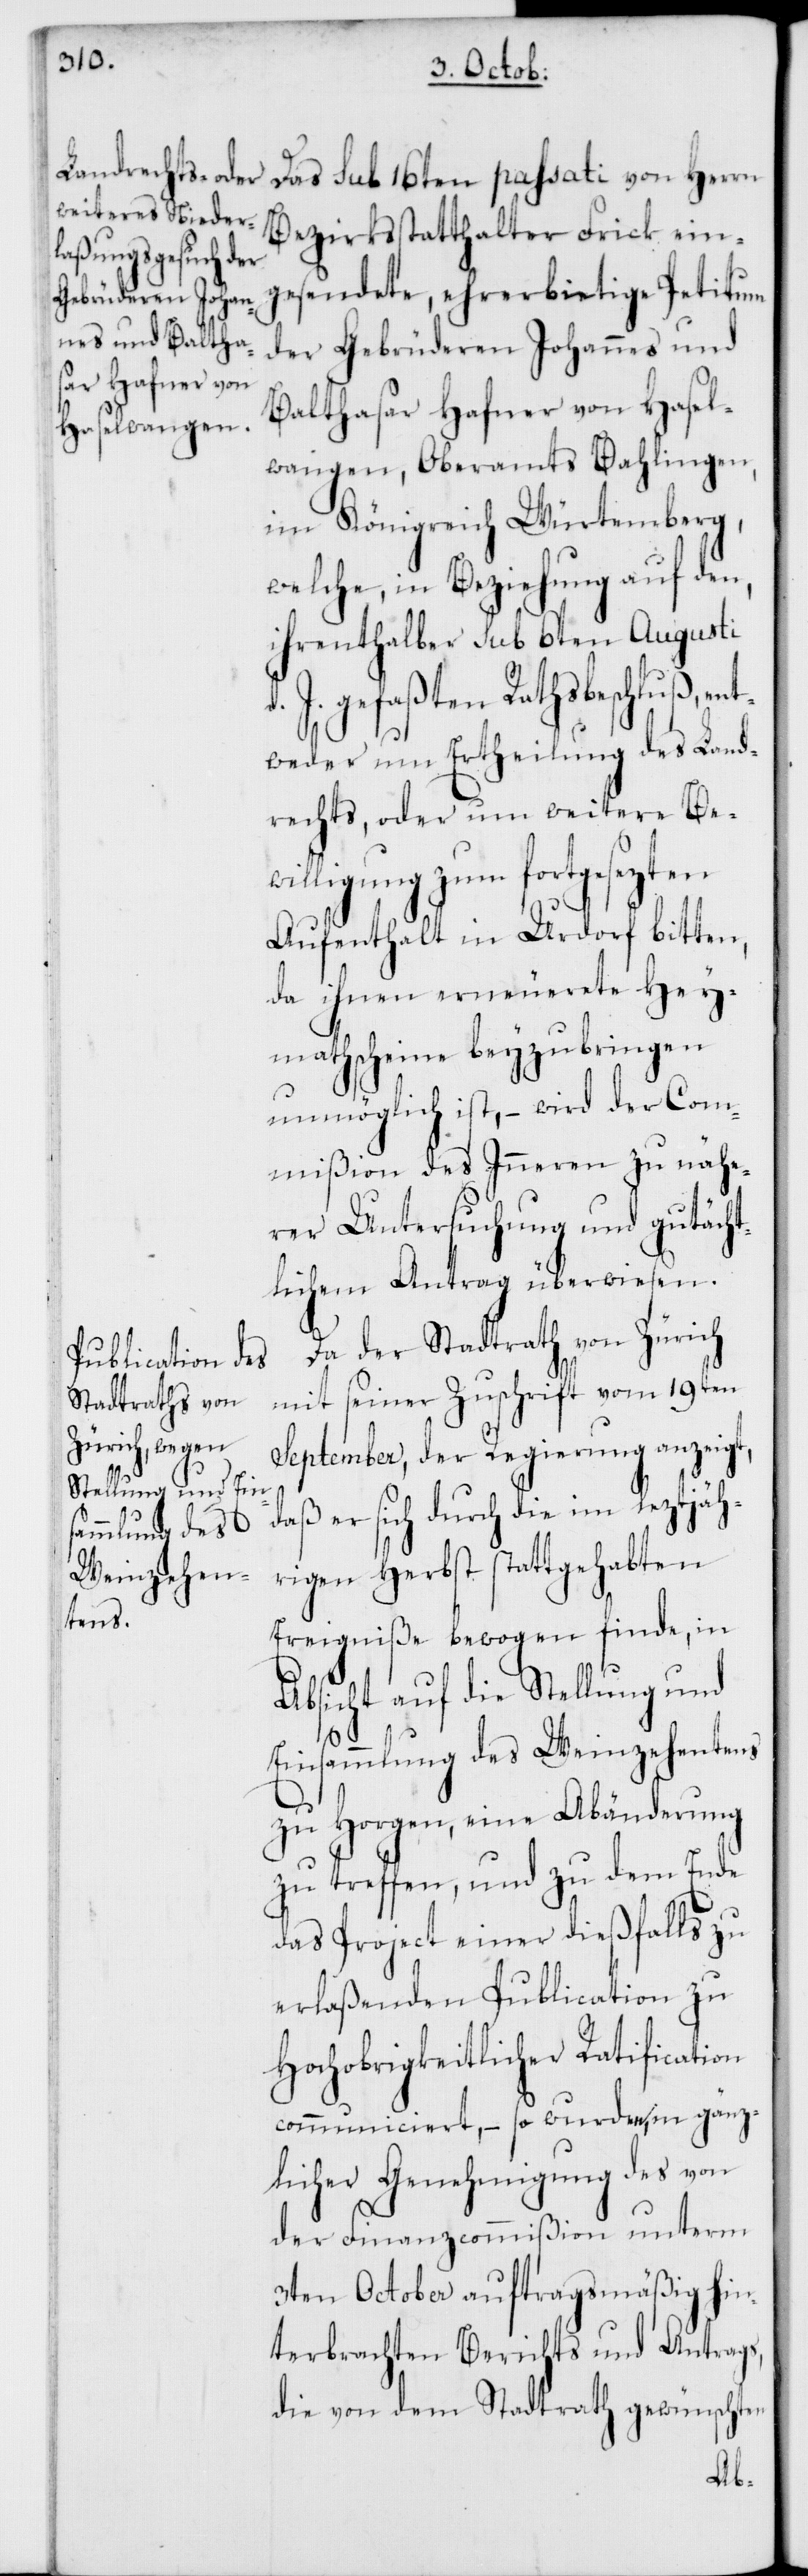
gesendete, ehrerbietige Petitum
der Gebrüderen Johannes und
Balthasar Hafner von Hasel¬
wangen, Oberamts Bahlingen,
Königreich Würtemberg,
welche, in Beziehung auf den,
ihrenthalber Sub 6ten Augusti
J. gefaßten Rathsbeschluß, en¬
tweder um Ertheilung des Land¬
rechts, oder um weitere Bew¬
illigung zum fortgesezten
Aufenthalt in Urdorf bitten,
da ihnen erneuerete Hey¬
mathscheine beyzubringen
unmöglich ist, – wird der Com¬
mißion des Inneren zu nähe¬
rer Untersuchung und gutächt¬
lichem Antrag überwiesen.
Da der Stadtrath von Zürich
mit seiner Zuschrift vom 19ten
September, der Regierung anzeigt,
daß er sich durch die im leztjäh¬
rigen Herbst stattgehabten
Ereigniße bewogen finde, in
Absicht auf die Stellung und
Einsammlung des Weinzehentens
zu Horgen, eine Abänderung
zu treffen, und zu dem Ende
das Project einer dießfalls zu
erlaßenden Publication zu
Hochobrigkeitlicher Ratification
communiciert, – so wurden, in gänz¬
licher Genehmigung des von
der Finanzcommißion unterm
3ten October auftragsmäßig hin¬
terbrachten Berichts und Antrags,
die von dem Stadtrath gewünschten
ein¬